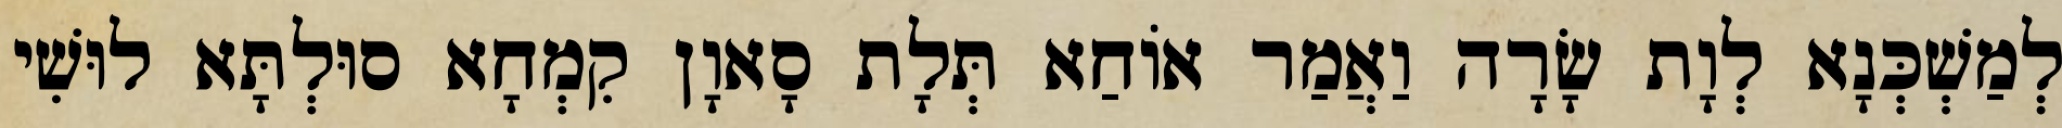
לְמַשְׁכְּנָא לְוָת שָׂרָה וַאֲמַר אוֹחַא תְּלָת סָאוָן קִמְחָא סוּלְתָּא לוּשִׁי